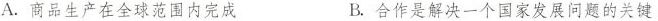
A.商品生产在全球范围内完成 B.合作是解决一个国家发展问题的关键